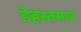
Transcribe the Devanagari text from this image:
डेहस्तमान